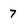
Character: 7